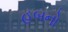
હબનો